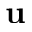
\mathbf { u }